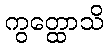
ကွတ္ထောသိ